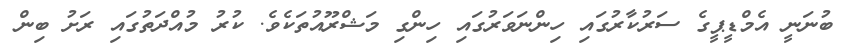
ބުނަނީ އެމްޑީޕީގެ ސަރުކާރުގައި ހިންނަވަރުގައި ހިންގި މަޝްރޫއުތަކެވެ. ކުރު މުއްދަތުގައި ރަށު ބިން